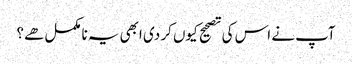
آپ نے اس کی تصحیح کیوں کر دی ابھی یہ نامکمل هے؟